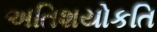
અતિશયોકતિ